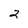
Character: 2